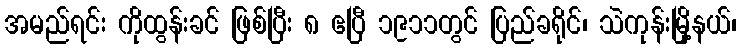
အမည်ရင်း ကိုထွန်းခင် ဖြစ်ပြီး ၈ ဧပြီ ၁၉၁၁တွင် ပြည်ခရိုင်၊ သဲကုန်းမြို့နယ်၊